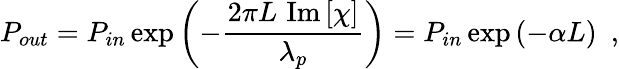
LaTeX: P_{out}=P_{in}\exp\left(-\frac{2\pi L\, \, \mathrm{Im}\left[\chi\right]}{\lambda_{p}}\right)=P_{in}\exp\left(-\alpha L\right)\, \, \, ,